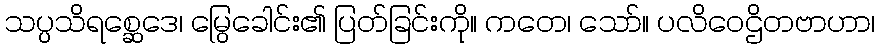
သပ္ပသိရစ္ဆေဒေ၊ မြွေခေါင်း၏ ပြတ်ခြင်းကို။ ကတေ၊ သော်။ ပလိဝေဌိတဗာဟာ၊